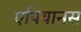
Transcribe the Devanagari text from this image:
एपियानस